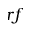
r f